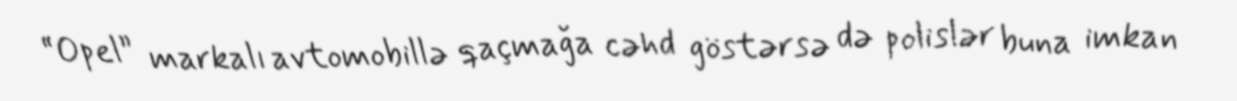
“Opel” markalı avtomobillə qaçmağa cəhd göstərsə də polislər buna imkan